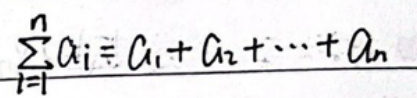
$\sum\limits _{i = 1}^{n}a_{i}=a_{1}+a_{2}+\cdots +a_{n}$